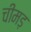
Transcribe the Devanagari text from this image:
चीमड़